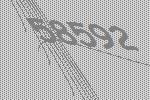
58592